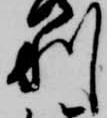
利